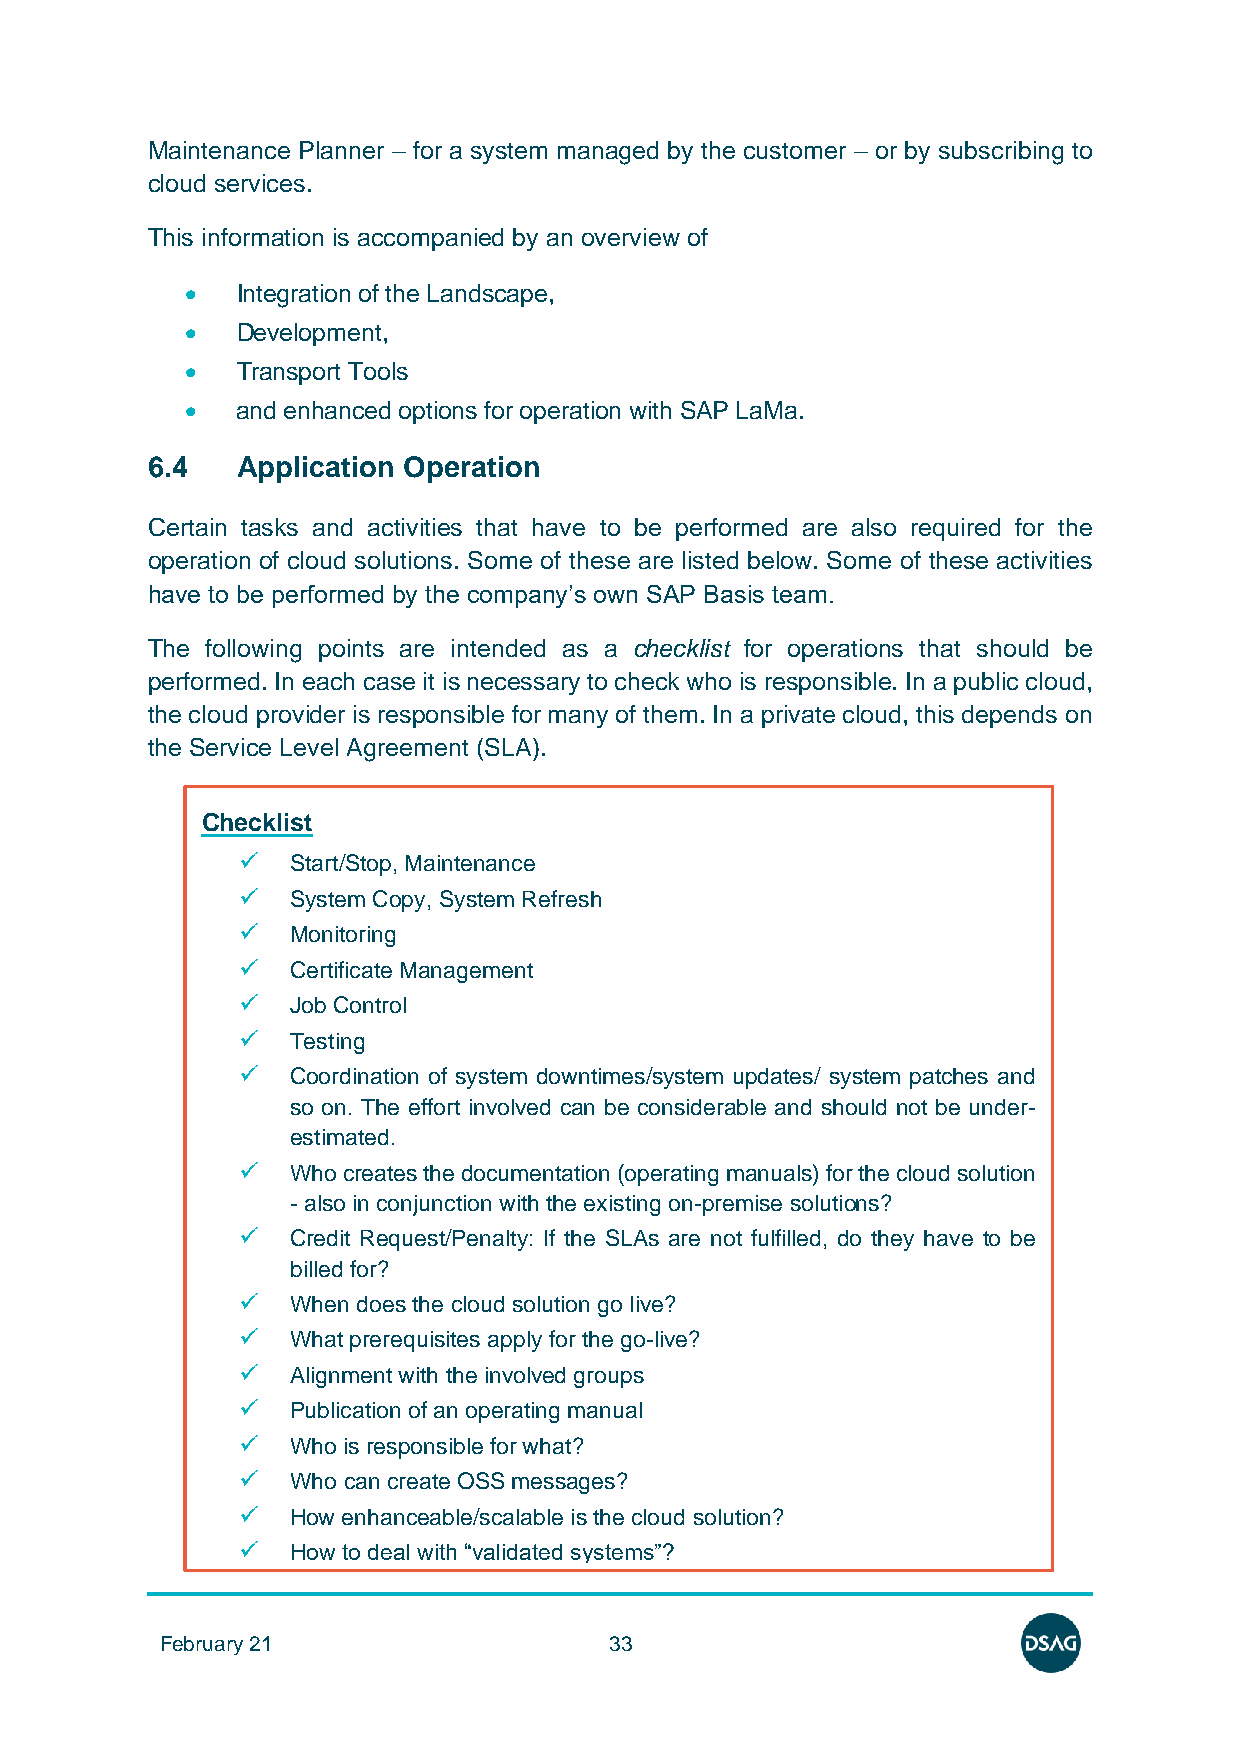
Maintenance Planner – for a system managed by the customer – or by subscribing to
 cloud services.
 This information is accompanied by an overview of
 •   Integration of the Landscape,
 •   Development,
 •   Transport Tools
 •   and enhanced options for operation with SAP LaMa.
 6.4   Application Operation
 Certain tasks and activities that have to be performed are also required for the
 operation of cloud solutions. Some of these are listed below. Some of these activities
 have to be performed by the company’s own SAP Basis team.
 The following points are intended as a checklist for operations that should be
 performed. In each case it is necessary to check who is responsible. In a public cloud,
 the cloud provider is responsible for many of them. In a private cloud, this depends on
 the Service Level Agreement (SLA).
 Checklist
 ✓  Start/Stop, Maintenance
 ✓  System Copy, System Refresh
 ✓  Monitoring
 ✓  Certificate Management
 ✓  Job Control
 ✓  Testing
 ✓  Coordination of system downtimes/system updates/ system patches and
 so on. The effort involved can be considerable and should not be under-
 estimated.
 ✓  Who creates the documentation (operating manuals) for the cloud solution
 - also in conjunction with the existing on-premise solutions?
 ✓  Credit Request/Penalty: If the SLAs are not fulfilled, do they have to be
 billed for?
 ✓  When does the cloud solution go live?
 ✓  What prerequisites apply for the go-live?
 ✓  Alignment with the involved groups
 ✓  Publication of an operating manual
 ✓  Who is responsible for what?
 ✓  Who can create OSS messages?
 ✓  How enhanceable/scalable is the cloud solution?
 ✓  How to deal with “validated systems”?
 February 21                  33